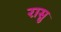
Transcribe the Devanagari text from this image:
रासु